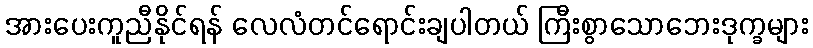
အားပေးကူညီနိုင်ရန် လေလံတင်ရောင်းချပါတယ် ကြီးစွာသောဘေးဒုက္ခများ